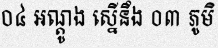
០៤ អណ្តូង ស្នើនឹង ០៣ ភូមិ